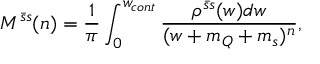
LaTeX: { \cal M } ^ { \bar { s } s } ( n ) = \frac { 1 } { \pi } \int _ { 0 } ^ { w _ { c o n t } } \frac { \rho ^ { \bar { s } s } ( w ) d w } { ( w + m _ { Q } + m _ { s } ) ^ { n } } ,